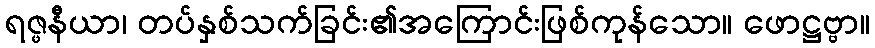
ရဇ္ဖနီယာ၊ တပ်နှစ်သက်ခြင်း၏အကြောင်းဖြစ်ကုန်သော။ ဖောဋ္ဌဗ္ဗာ။